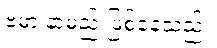
ဗမာ နာမည် ဖြစ်နေသည်။